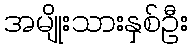
အမျိုးသားနှစ်ဦး